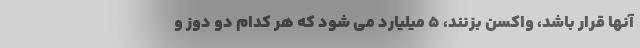
آنها قرار باشد، واکسن بزنند، ۵ میلیارد می شود که هر کدام دو دوز و